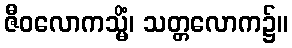
ဇီဝလောကသ္မိံ၊ သတ္တလောက၌။